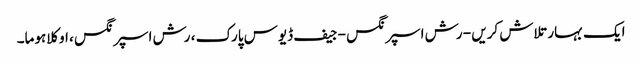
ایک بہار تلاش کریں - رش اسپرنگس - جیف ڈیوس پارک ، رش اسپرنگس ، اوکلاہوما۔